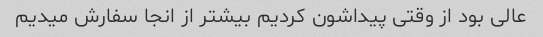
عالی بود از وقتی پیداشون کردیم بیشتر از انجا سفارش میدیم